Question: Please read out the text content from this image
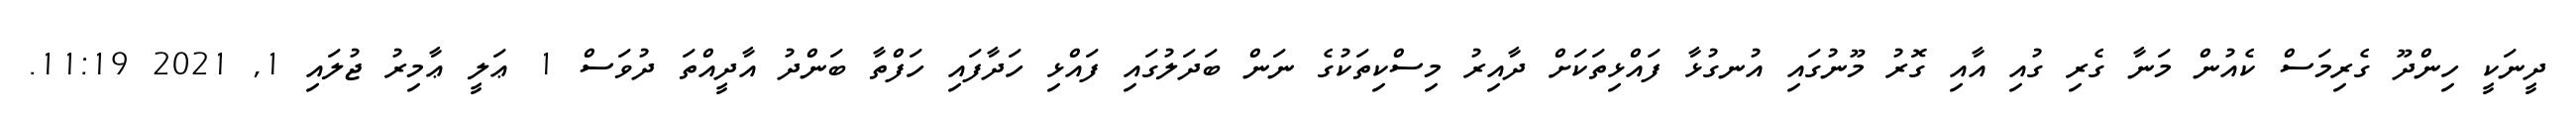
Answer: ދީނަކީ ހިންދޫ ގެރިމަސް ކެއުން މަނާ ގެރި ގުއި އާއި ގޮރު މޫނުގައި އުނގުޅާ ފައްޅިތަކަށް ދާއިރު މިސްކިތަކުގެ ނަން ބަދަލުގައި ފައްޅި ހަދާފައި ހަފްތާ ބަންދު އާދީއްތަ ދުވަސް 1 ޢަލީ ޢާމިރު ޖުލައި 1, 2021 11:19.